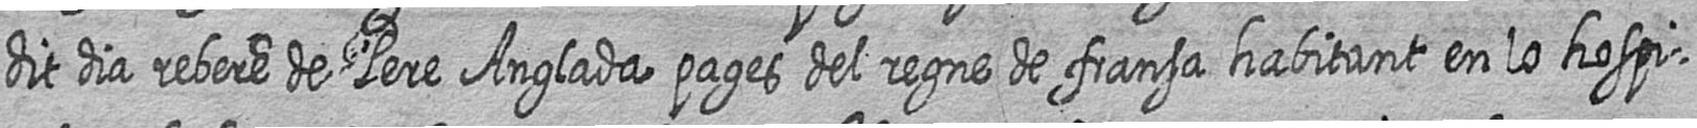
dit dia rebere de Pere Anglada pages del regne de fransa habitant en lo hospi=